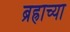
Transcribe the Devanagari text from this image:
ब्रह्राच्या